Rangoon Lunatic Asylum 1878-1892 - 1878-1892
Year: 1878
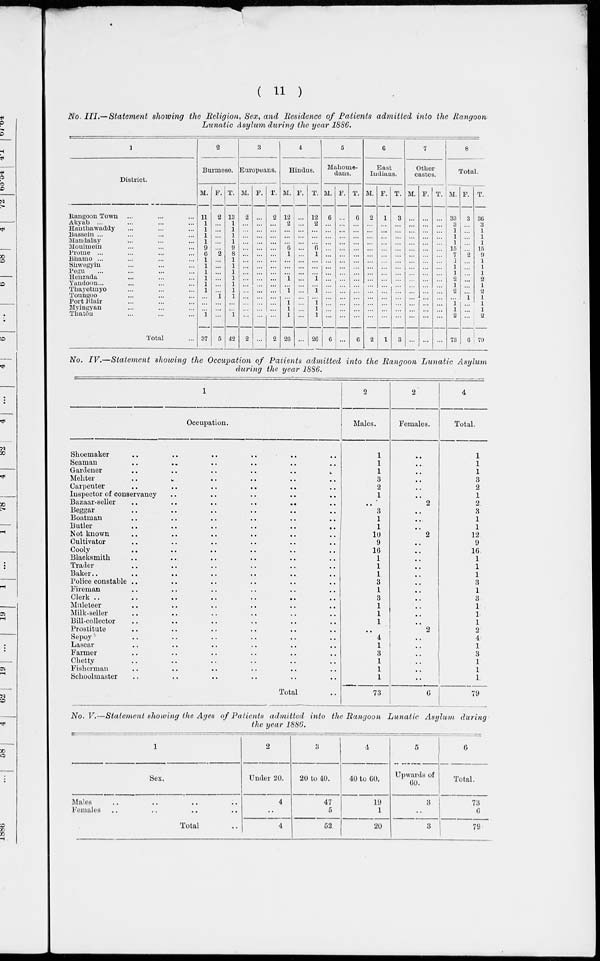
( 11 )
No. III.— Statement showing the Religion, Sex, and Residence of Patients admitted into the Rangoon
Lunatic Asylum during the year 1886.
1
District.
Rangoon Town ... ... ...
Akyab ... ... ...
Hauthawaddy ... ... ...
Bassein ... ... ...
Mandalay ... ... ...
Moulmein ... ... ...
Prome ... ... ...
Bhamo ... ... ...
Shwegyin ... ... ...
Pegu ... ... ... ...
Henzada ... ... ...
Yandoon ... ... ...
Thayetmyo ... ... ...
Toungoo ... ... ...
Port Blair ... ... ...
Myingyan ... ... ...
Thatôn ... ... ...
Total ...
2
Burmese.
M.
11
1
1
1
1
9
6
1
1
1
1
1
1
...
...
...
1
37
F.
2
...
...
...
...
...
2
...
...
...
...
...
...
1
...
...
...
5
T.
13
1
1
1
1
9
8
1
1
1
1
1
1
1
...
...
1
42
3
Europeans.
M.
2
...
...
...
...
...
...
...
...
...
...
...
...
...
...
...
...
2
F.
...
...
...
...
...
...
...
...
...
...
...
...
...
...
...
...
...
...
T.
2
...
...
...
...
...
...
...
...
...
...
...
...
...
...
...
...
2
4
Hindus.
M.
12
2
...
...
...
6
1
...
...
...
1
...
1
...
1
1
1
26
F.
...
...
...
...
...
...
...
...
...
...
...
...
...
...
...
...
...
...
T.
12
2
...
...
...
6
1
...
...
...
1
...
1
...
1
1
1
26
5
Mahome-
dans.
M.
6
...
...
...
...
...
...
...
...
...
...
...
...
...
...
...
...
6
F.
...
...
...
...
...
...
...
...
...
...
...
...
...
...
...
...
...
...
T.
6
...
...
...
...
...
...
...
...
...
...
...
...
...
...
...
...
6
6
East
Indians.
M.
2
...
...
...
...
...
...
...
...
...
...
...
...
...
...
...
...
2
F.
1
...
...
...
...
...
...
...
...
...
...
...
...
...
...
...
...
1
T.
3
...
...
...
...
...
...
...
...
...
...
...
...
...
...
...
...
3
7
Other
castes.
M.
...
...
...
...
...
...
...
...
...
...
...
...
...
...
...
...
...
...
F.
...
...
...
...
...
...
...
...
...
...
...
...
...
...
...
...
...
...
T.
...
...
...
...
...
...
...
...
...
...
...
...
...
...
...
...
...
...
8
Total.
M.
33
3 1
1
1
15
7 1
1
1
2
1
2
...
1
1
2
73
F.
3
...
...
...
...
...
2
...
...
...
...
...
...
1
...
...
...
6
T.
36
3
1
1
1
15
9
1
1
1
2
1
2
1
1
1
2
79
No. IV.—Statement
showing the Occupation of Patients admitted into the Rangoon Lunatic
Asylum
during the year 1886.
1
Occupation.
Shoemaker .. .. .. .. .. ..
Seaman .. .. .. .. .. ..
Gardener
..
..
..
..
..
..
Mehter
..
.. .. .. .. ..
Carpenter .. .. .. ..
Inspector of conservancy .. .. .. .. ..
Bazaar-seller
..
..
..
..
.. ..
Beggar .. .. .. .. .. ..
Boatman .. .. .. .. .. ..
Butler .. .. .. .. .. ..
Not known .. .. .. .. .. ..
Cultivator .. .. .. .. .. ..
Cooly
..
..
..
..
.. ..
Blacksmith .. .. .. .. .. ..
Trader .. .. .. .. .. ..
Baker .. .. .. .. .. .. ..
Police constable .. .. .. .. .. ..
Fireman .. .. .. .. .. ..
Clerk .. .. .. .. .. .. ..
Muleteer .. .. .. .. .. ..
Milk-seller .. .. .. .. .. ..
Bill-collector .. .. .. .. .. ..
Prostitute .. .. .. .. .. ..
Sepoy .. .. .. .. .. ..
Lascar .. .. .. .. .. ..
Farmer .. .. .. .. .. ..
Chetty .. .. .. .. .. ..
Fisherman .. .. .. .. .. ..
Schoolmaster .. .. .. .. .. ..
Total ..
2
Males.
1
1
1
3
2
1
..
3
1
1
10
9
16
1
1
1
3
1
3
1
1
1
..
4
1
3
1
1
1
73
2
Females.
..
..
..
..
..
..
2
..
..
..
2
..
..
..
..
..
..
..
..
..
..
..
2
..
..
..
..
..
..
6
4
Total.
1
1
1
3
2
1
2
3
1
1
12
9
16
1
1
1
3
1
3
1
1
1
2
4
1
3
1
1
1
79
No. V.—Statement showing the Ages of Patients admitted into the Rangoon Lunatic
Asylum
during
the year 1886.
1
Sex,
Males .. .. .. ..
Females .. .. .. .. ..
Total ..
2
Under 20.
4
..
4
3
20 to 40.
47
5
52
4
40 to 60.
19
1
20
5
Upwards of
60.
3
..
3
6
Total.
73
6
79